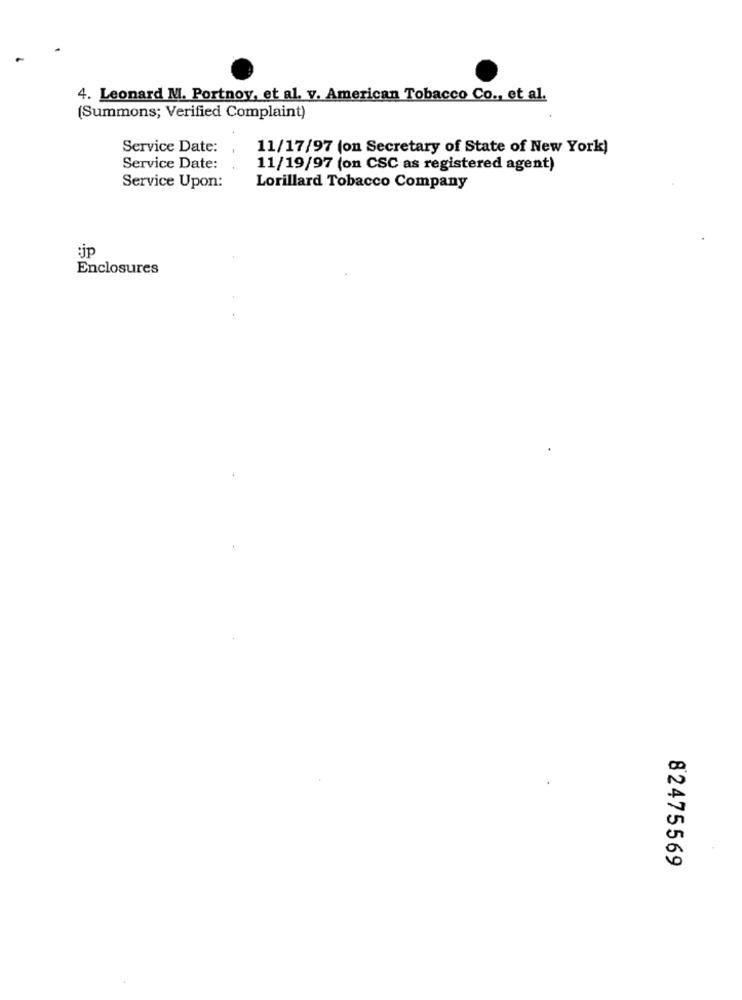
4. Leonard M. Portnoy, et al. v. American Tobacco Co ., et al.
(Summons; Verified Complaint)
Service Date:
11/17/97 (on Secretary of State of New York)
Service Date:
11/19/97 (on CSC as registered agent)
Service Upon:
Lorillard Tobacco Company
:jp
Enclosures
82475569